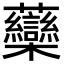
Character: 虊